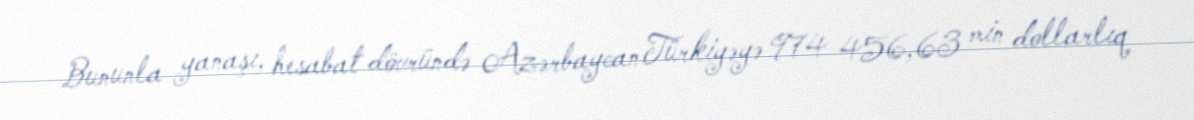
Bununla yanaşı, hesabat dövründə Azərbaycan Türkiyəyə 974 456,63 min dollarlıq